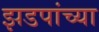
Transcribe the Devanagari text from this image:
झडपांच्या